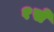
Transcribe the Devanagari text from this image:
१से